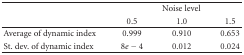
<table><thead><tr><td><b> </b></td><td colspan="3"><b>Noise level</b></td></tr><tr><td><b> </b></td><td><b>0.5</b></td><td><b>1.0</b></td><td><b>1.5</b></td></tr></thead><tbody><tr><td>Average of dynamic index</td><td>0.999</td><td>0.910</td><td>0.653</td></tr><tr><td>St. dev. of dynamic index</td><td>8<i>e</i> − 4</td><td>0.012</td><td>0.024</td></tr></tbody></table>